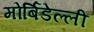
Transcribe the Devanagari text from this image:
मोर्बिडेल्ली